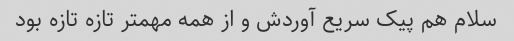
سلام هم پیک سریع آوردش و از همه مهمتر تازه تازه بود